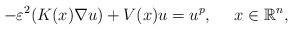
\begin{align*}-\varepsilon^2 (K(x)\nabla u) +V(x)u=u^{p},\ \ \ \ x\in \mathbb{R}^n,\end{align*}